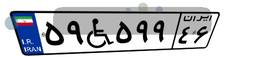
۵۹W۵۹۹۴۶